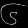
Digit: ၆